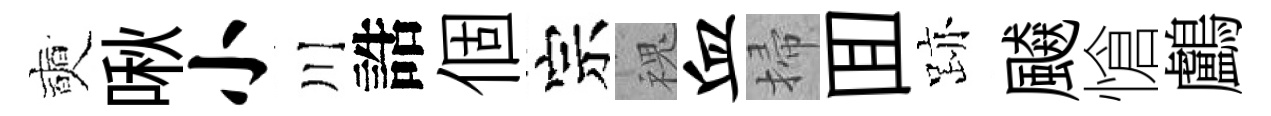
奭啾小川誥個宗槐血掃囬跡飇愴鸕